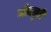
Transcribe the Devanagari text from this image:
गोलमुरी